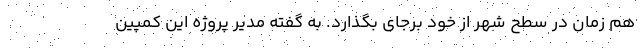
هم زمان در سطح شهر از خود برجای بگذارد. به گفته مدیر پروژه این کمپین